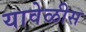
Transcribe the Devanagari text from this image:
यावेळीस